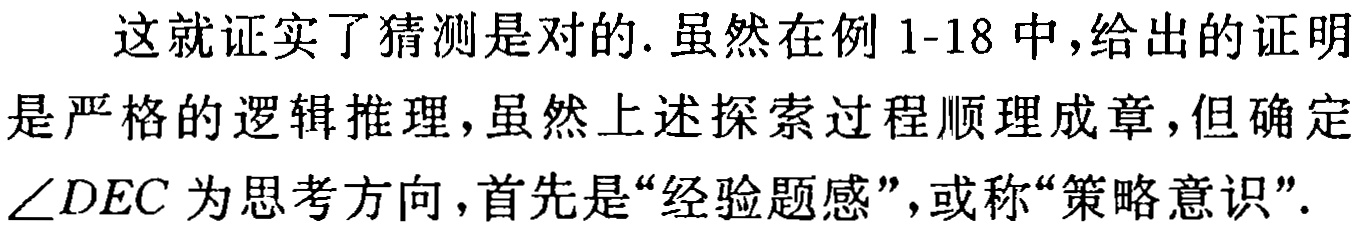
这就证实了猜测是对的. 虽然在例 1-18 中,给出的证明是严格的逻辑推理,虽然上述探索过程顺理成章,但确定$\angle DEC$为思考方向,首先是“经验题感”,或称“策略意识”.